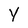
Character: Y